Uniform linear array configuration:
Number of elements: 12
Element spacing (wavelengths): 0.5
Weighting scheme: cosine
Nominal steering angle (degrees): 30
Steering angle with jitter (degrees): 30.663
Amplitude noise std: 0.05
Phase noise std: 0.05

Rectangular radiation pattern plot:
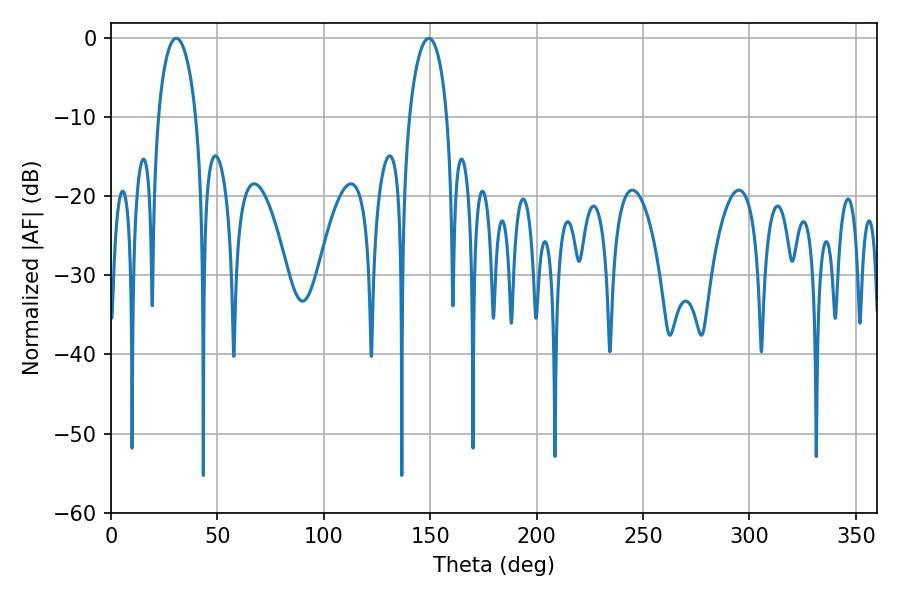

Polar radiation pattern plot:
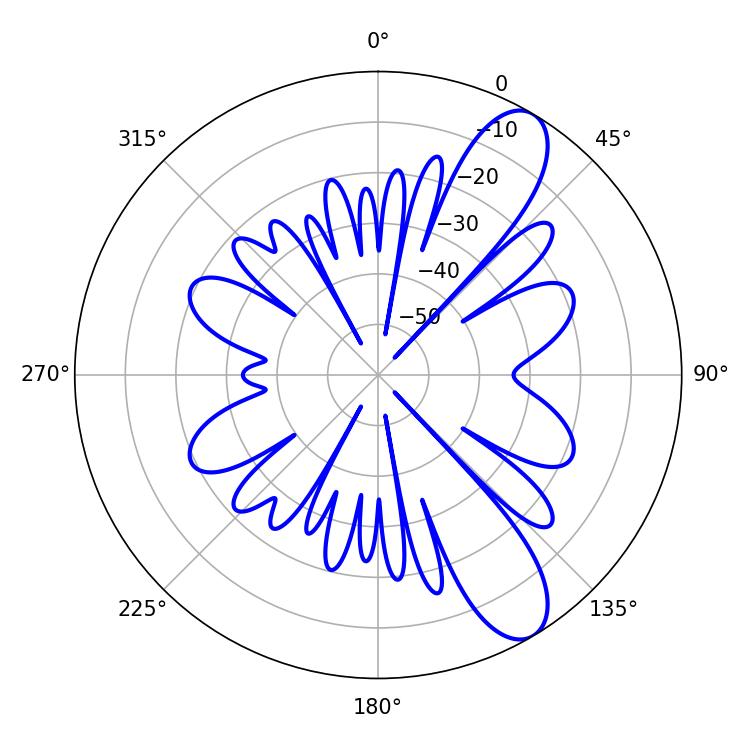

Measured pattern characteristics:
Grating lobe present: FALSE
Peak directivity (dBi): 10.108
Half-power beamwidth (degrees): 10.08
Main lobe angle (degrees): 30.6